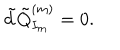
\tilde { d } \tilde { Q } _ { I _ { m } } ^ { ( m ) } = 0 .